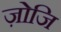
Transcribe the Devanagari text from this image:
ज़ोजि